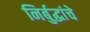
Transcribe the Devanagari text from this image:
निर्बुद्धांचे